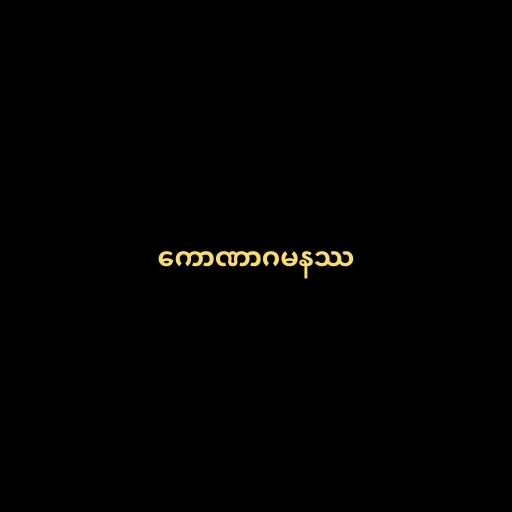
ကောဏာဂမနဿ